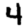
Digit: 4